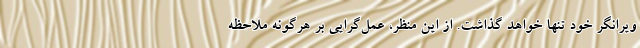
ویرانگر خود تنها خواهد گذاشت. از این منظر، عمل‌گرایی بر هرگونه ملاحظه